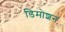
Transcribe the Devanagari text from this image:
डिमोशन